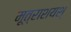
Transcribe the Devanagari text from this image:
मूत्राशयश्